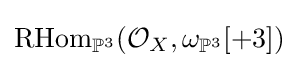
\mathrm {RHom} _{\mathbb {P} ^{3}}({\mathcal {O}}_{X},\omega _{\mathbb {P} ^{3}}[+3])